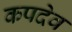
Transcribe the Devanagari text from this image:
कपदेव